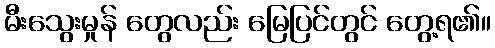
မီးသွေးမှုန် တွေလည်း မြေပြင်တွင် တွေ့ရ၏။